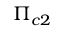
\Pi _ { c 2 }